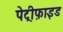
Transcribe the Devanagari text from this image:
पेट्रीफ़ाइड